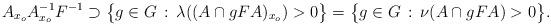
LaTeX: \begin{align*}A_{x_o}A_{x_o}^{-1}F^{-1} \supset \big\{ g \in G \, : \, \lambda((A \cap gFA)_{x_o}) > 0 \big\} = \big\{ g \in G \,: \, \nu(A \cap gFA) > 0 \big\}.\end{align*}